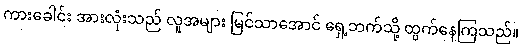
ကားခေါင်း အားလုံးသည် လူအများ မြင်သာအောင် ရှေ့ဘက်သို့ ထွက်နေကြသည်။